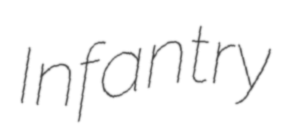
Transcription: Infantry